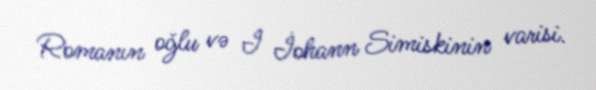
Romanın oğlu və I İohann Simiskinin varisi.